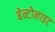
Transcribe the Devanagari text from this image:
बेन्टोनाइट